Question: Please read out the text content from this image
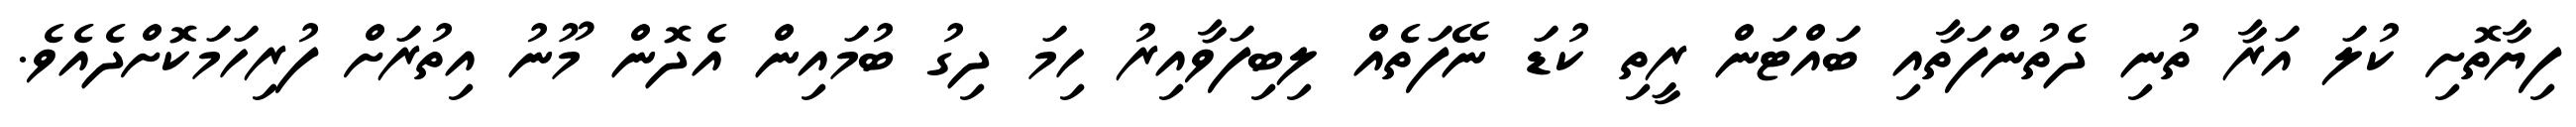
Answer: ފިޔާތޮށި ކުލަ އަރާ ތުނި ދެތުންފަތާއި ބައްޓަން ރީތި ކުޑަ ނޭފަތެއް ލިބިފަވާއިރު ހިމަ ދިގު ބުމައިން އެދޮން މޫނު އިތުރަށް ފުރިހަމަކޮށްދެއެވެ.